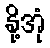
နို့အုံ